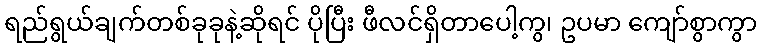
ရည်ရွယ်ချက်တစ်ခုခုနဲ့ဆိုရင် ပိုပြီး ဖီလင်ရှိတာပေါ့ကွ၊ ဥပမာ ကျော်စွာကွာ